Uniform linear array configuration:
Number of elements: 16
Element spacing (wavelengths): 0.75
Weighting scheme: cosine
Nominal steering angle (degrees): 0
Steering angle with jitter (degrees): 1.769
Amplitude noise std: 0.05
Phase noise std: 0.05

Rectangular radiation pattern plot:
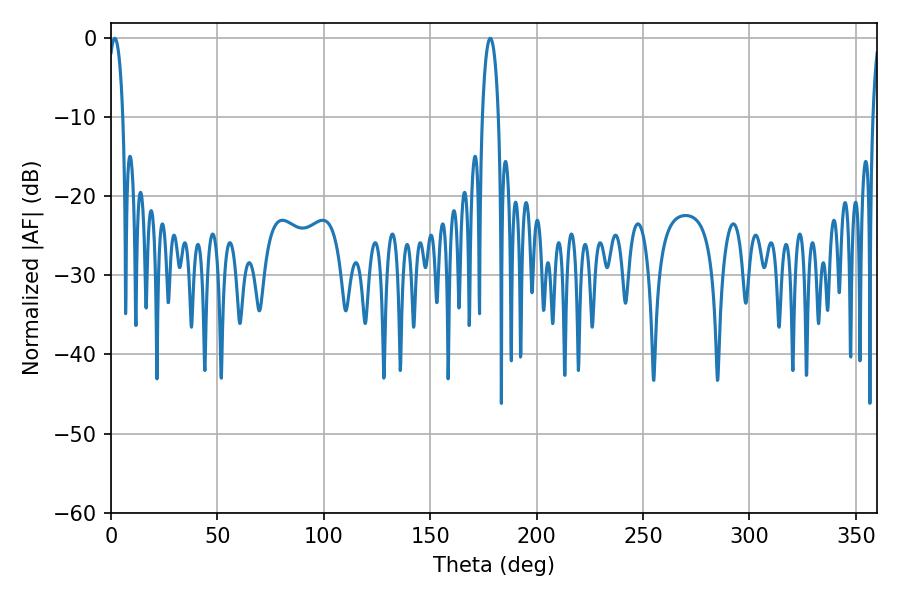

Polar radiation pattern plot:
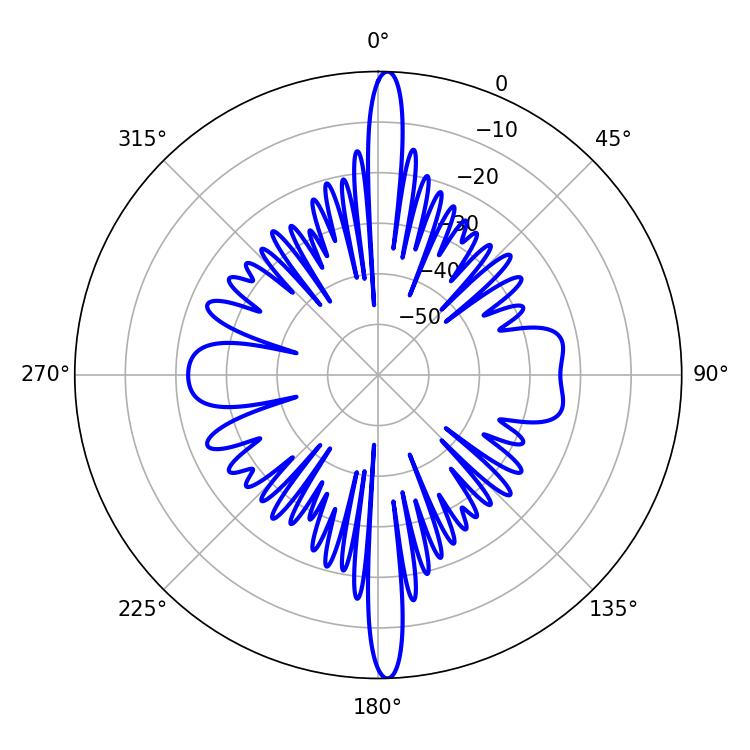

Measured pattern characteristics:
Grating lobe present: TRUE
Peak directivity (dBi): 26.005
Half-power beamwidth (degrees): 4.32
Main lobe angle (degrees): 178.2